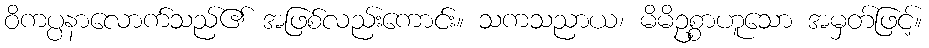
ဝိကပ္ပနာလောက်သည်၏ အဖြစ်လည်းကောင်း။ သကသညာယ၊ မိမိဥစ္စာဟူသော အမှတ်ဖြင့်။